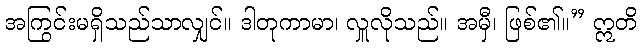
အကြွင်းမရှိသည်သာလျှင်။ ဒါတုကာမာ၊ လှူလိုသည်။ အမှီ၊ ဖြစ်၏။” ဣတိ